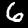
Digit: 6